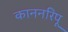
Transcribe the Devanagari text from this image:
काननरिपू